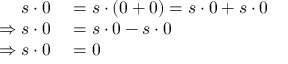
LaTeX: \begin{array} { r l } { s \cdot 0 } & { { } = s \cdot ( 0 + 0 ) = s \cdot 0 + s \cdot 0 } \\ { \Rightarrow s \cdot 0 } & { { } = s \cdot 0 - s \cdot 0 } \\ { \Rightarrow s \cdot 0 } & { { } = 0 } \end{array}